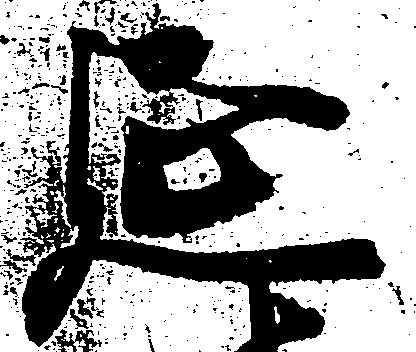
延